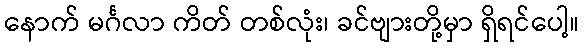
နောက် မင်္ဂလာ ကိတ် တစ်လုံး၊ ခင်ဗျားတို့မှာ ရှိရင်ပေါ့။